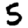
Digit: 5